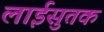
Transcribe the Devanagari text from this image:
लाईसुतक